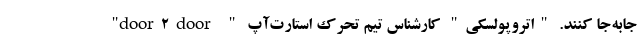
جابه‌جا کنند. "اتروپولسکی" کارشناس تیم تحرک استارت‌آپ " door2door"